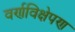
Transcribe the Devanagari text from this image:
वर्णविक्षेपण